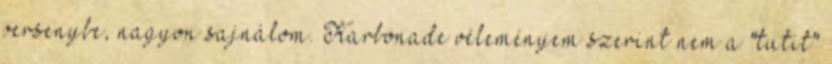
versenybe, nagyon sajnálom. Karbonade véleményem szerint nem a "tutit"